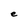
Character: e